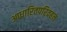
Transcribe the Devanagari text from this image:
आधारितपरिवहन